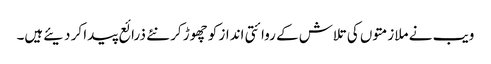
ویب نے ملازمتوں کی تلاش کے روائتی انداز کو چھوڑ کر نئے ذرائع پیدا کر دیئےہیں۔